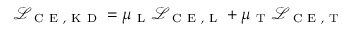
\mathcal { L } _ { \mathrm { ~ C ~ E ~ , ~ K ~ D ~ } } = \mu _ { \mathrm { ~ L ~ } } \mathcal { L } _ { \mathrm { ~ C ~ E ~ , ~ L ~ } } + \mu _ { \mathrm { ~ T ~ } } \mathcal { L } _ { \mathrm { ~ C ~ E ~ , ~ T ~ } }